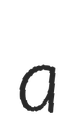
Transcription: a